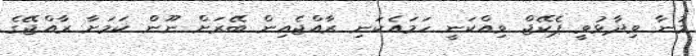
މުނާ ވިދާޅުވީ ޕެކޭޖް ވިއްކަނީ ހަމައެކަނި ރާއްޖެއިން ބޭރަށް ނޫން ކަމަށާ ރާއްޖޭގެ